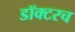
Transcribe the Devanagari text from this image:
डॉक्टरच